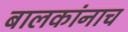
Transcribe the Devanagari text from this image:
बालकांनाच